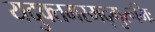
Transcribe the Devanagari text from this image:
यदुक्तमस्मद्गुरूभिः